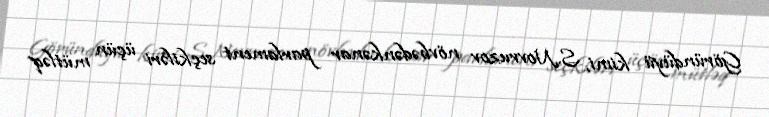
Göründüyü kimi, S.Novruzov növbədənkənar parlament seçkiləri üçün mütləq